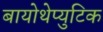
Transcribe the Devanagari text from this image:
बायोथेप्युटिक